King Institute of Preventive Medicine Micro-Biological Section reports 1909-11
Year: 1909
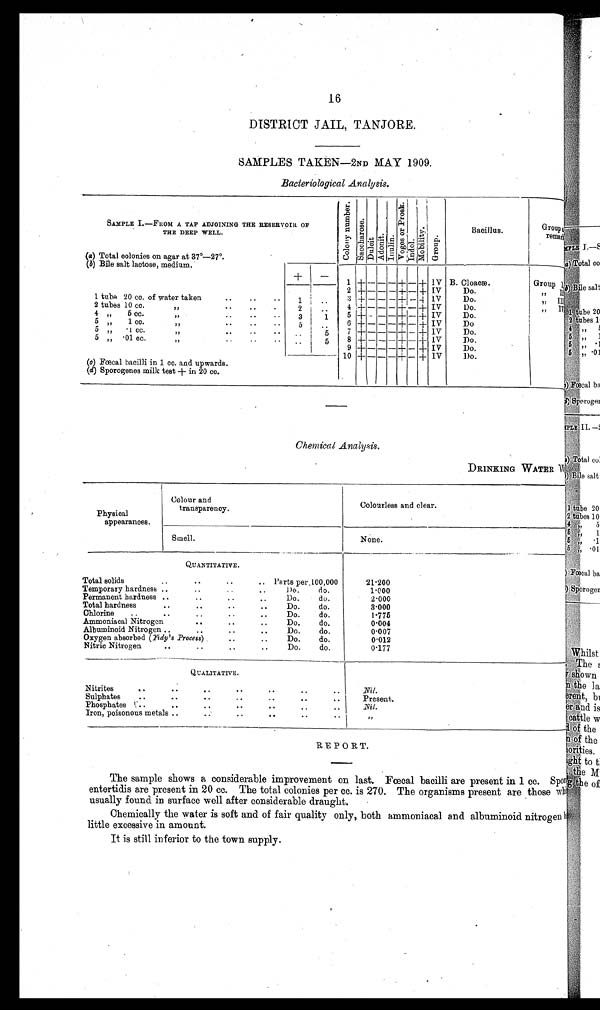
16
DISTRICT JAIL, TANJORE.
SAMPLES TAKEN-2ND MAY 1909.
Bacteriological Analysis.
SAMPLE I.—FROM A TAP ADJOINING THE RESERVOIR OF
THE DEEP WELL.
(a) Total colonies on agar at 37°—27º.
C o l o n y n u m b e r .
S a c c h a r o s e . D u l c i t A d o n i t . I n u l i n . V o g e s o r P r o s k . I n d o l . M o b i l i t y . G r o u p
Bacillus.
Group
o f r e m a k s
(b) Bile salt lactose, medium.
+
–
1 + — — — + — + IV B. Cloacæ.
Group I
1 tube 20 co. of water taken
..
..
..
1
2 +
— — — + — + IV
Do.
” I I
3 + — — — + — + IV
Do.
,, III
2 tubes 10 cc.
.. .. ..
2
..
4 + — — — + — + IV
Do.
,, IV
5 + – – – + – + I V
Do.
4 „ 5 cc.
” .. .. ..
3
1
5 „ 1 cc.
..
..
..
5
..
6 + — — — + - + IV
Do
7 + - - - + + — + IV
Do.
5 „
1 cc. 1, . . ..
, ,
5
5 „ .01 cc. ,,
..
5
8 + — — — + — + IV
Do.
9 + – – - + - + IV
Do.
10 + — — - + — + IV
D o .
(c) Fœcal bacilli in 1 cc. and upwards.
(d) Sporogenes milk test + in 20 cc.
Chemical Analysis.
DRINKING WATER
Physical
appearances.
Colour and
transparency.
Colourless and clear.
Smell.
None.
QUANTITATIVE.
. . . .
Total solids..
..
per.100,000
21.200
Temporary hardness ....
. .
Do.
do.
1.000
Permanent hardness ....
..
. . .
Do.
do.
2.000
.
.
Total hardness
..
. .
. .
Do.
do.
3.000
. .
Chlorine
..
..
..
Do.
do.
1.775
..
Ammoniacal Nitrogen
. . . .
Do.
do.
0-004
. . .
Albuminoid Nitrogen ...
..
Do.
do.
0.007
Oxygen absorbed (.7-idy's Process)
. .
. .
Do.
do.
0.012
. . . .
Nitric Nitrogen..
do.
0.177
QUALITATIVE.
Nitrites
. .
. .
. .
. .
. .
. e
. .
Nil.
Sulphates
..
. .
. .
. .
. .
. .
Present.
Phosphates 1- ..
. . . .
. . . .
. .
ffil,
Iron, poisonous metals ..
- -
. .
. .
. .
7)
REPORT.
The sample shows a considerable improvement on last. Faecal bacilli are present in 1 cc. Spot
entertidis are present in 20 cc. The total colonies per cc. is 270. The organisms present are those whi,,
usually found in surface well after considerable draught.
Chemically the water is soft and of fair quality only, both ammoniacal and albuminoid nitrogen I
little excessive in amount.
It is still inferior to the town supply.